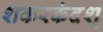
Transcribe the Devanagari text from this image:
शकरकंदश्